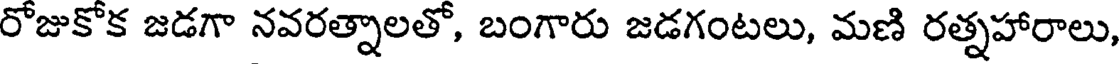
రోజుకోక జడగా నవరత్నాలతో, బంగారు జడగంటలు, మణి రత్నహారాలు,